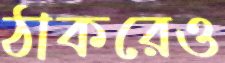
ঠাকরেও